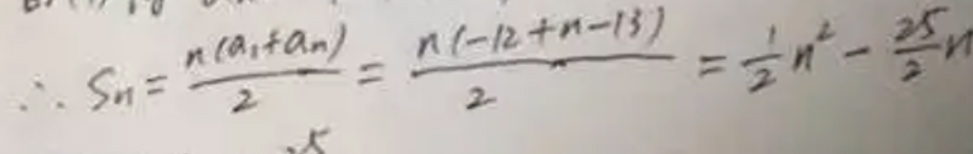
\[
\therefore S_{n}=\frac{n(a_{1} + a_{n})}{2}=\frac{n(-12 + n - 13)}{2}=\frac{1}{2}n^{2}-\frac{25}{2}n
\]